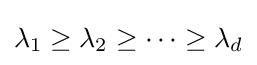
\lambda _{1}\geq \lambda _{2}\geq \dots \geq \lambda _{d}